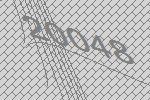
20048